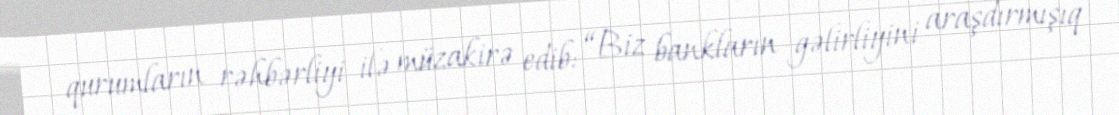
qurumların rəhbərliyi ilə müzakirə edib: “Biz bankların gəlirliyini araşdırmışıq